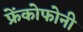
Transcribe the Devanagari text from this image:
फ्रेंकोफोनी